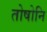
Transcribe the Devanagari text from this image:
तोषोनि